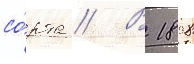
со́рта // В 1898